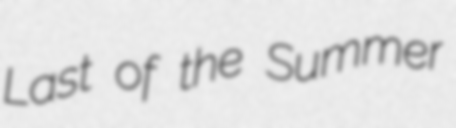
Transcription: Last of the Summer